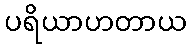
ပရိယာဟတာယ